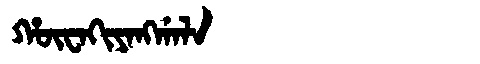
Manchu: ᡥᡡᠸᠠᡴᡳᠶᠠᠩᡤᠠᠯᠠ
Romanization: HŪWAKIYANGGALA